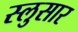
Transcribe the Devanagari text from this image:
स्लुसार